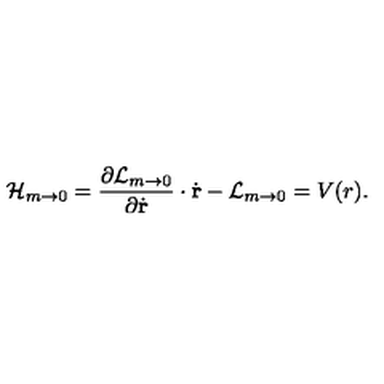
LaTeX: { \cal H } _ { m \to 0 } = { \frac { \partial { \cal L } _ { m \to 0 } } { \partial \dot { \mathrm { \bf r } } } } \cdot \dot { \mathrm { \bf r } } - { \cal L } _ { m \to 0 } = V ( r ) .